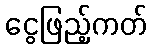
ငွေဖြည့်ကတ်